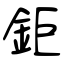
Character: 鉅